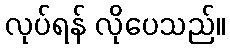
လုပ်ရန် လိုပေသည်။